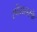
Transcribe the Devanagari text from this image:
स्पेंगलरके